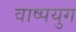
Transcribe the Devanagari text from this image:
वाष्पयुग